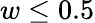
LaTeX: w\leq 0.5